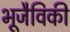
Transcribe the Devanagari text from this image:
भूजैविकी